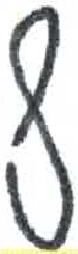
אות: ף